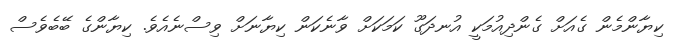
ކިޔާންމެން ގެއަށް ގެންދިއުމަކީ އުނދަގޫ ކަމަކަަށް ވާނެކަން ކިޔާނަށް ވިސްނެއެވެ. ކިޔާންގެ ބޭބެވެސް